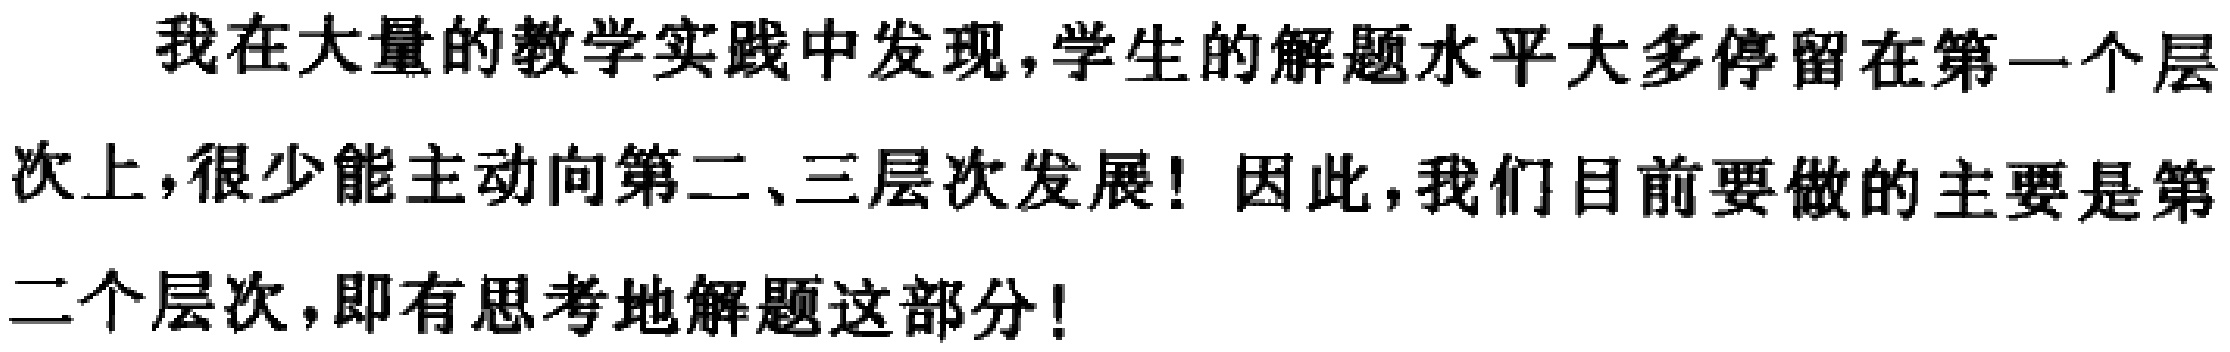
我在大量的教学实践中发现,学生的解题水平大多停留在第一个层次上,很少能主动向第二、三层次发展! 因此,我们目前要做的主要是第二个层次,即有思考地解题这部分!